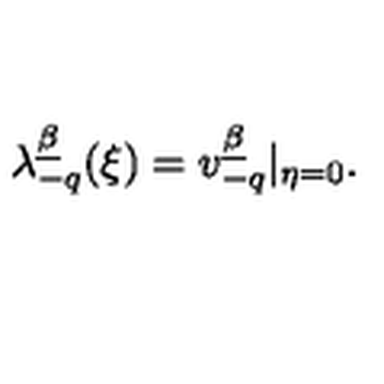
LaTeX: \lambda _ { - q } ^ { \underline { \beta } } ( \xi ) = v _ { - q } ^ { \underline { \beta } } | _ { \eta = 0 } .